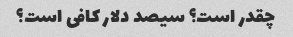
چقدر است؟ سیصد دلار کافی است؟